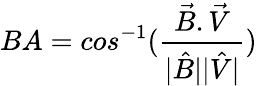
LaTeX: BA=cos^{-1}(\frac{\vec{B}.\vec{V}}{|\hat{B}||\hat{V}|})